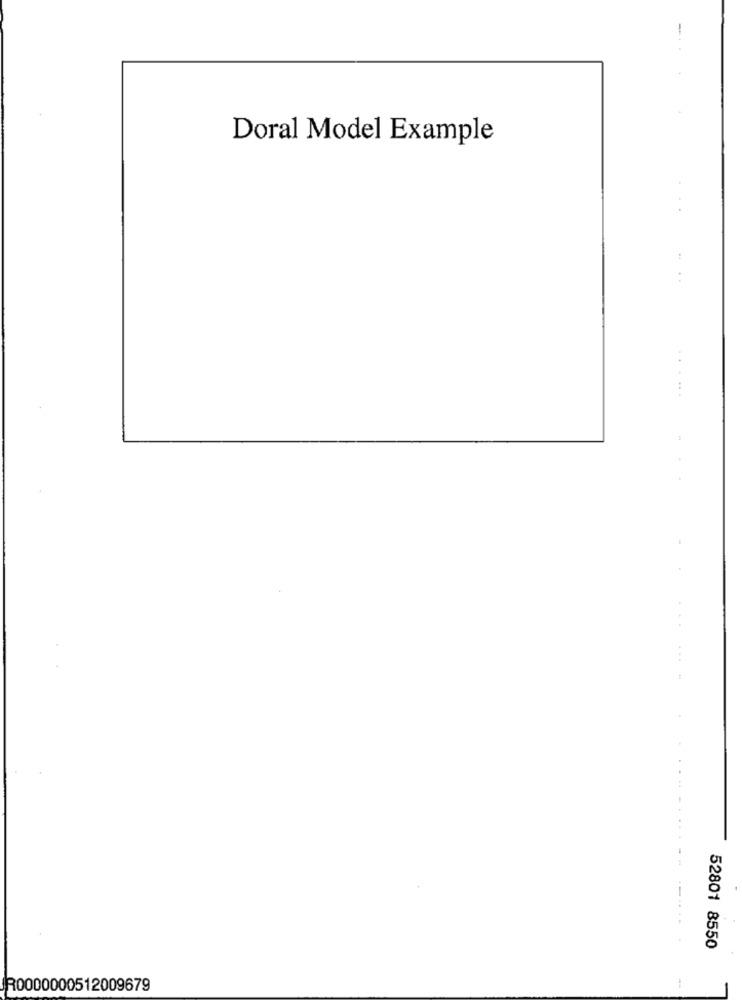
-
Doral Model Example
.....
52801 8550
R0000000512009679